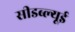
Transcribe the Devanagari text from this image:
सीडब्ल्यूई